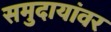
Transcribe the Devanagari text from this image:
समुदायांवर